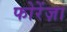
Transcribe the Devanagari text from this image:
फोरेंज़ा